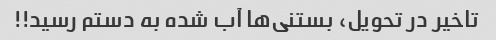
تاخیر در تحویل، بستنی‌ها آب شده به دستم رسید!!